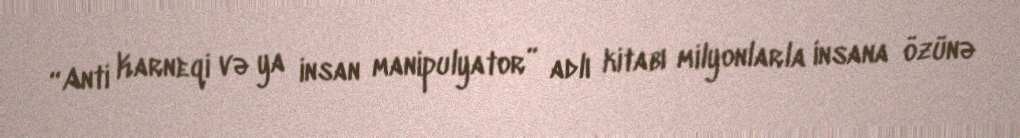
“Anti Karneqi və ya insan manipulyator” adlı kitabı milyonlarla insana özünə